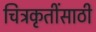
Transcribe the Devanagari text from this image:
चित्रकृतींसाठी